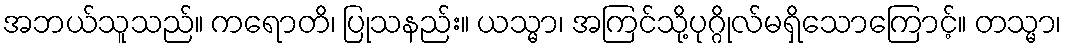
အဘယ်သူသည်။ ကရောတိ၊ ပြုသနည်း။ ယသ္မာ၊ အကြင်သို့ပုဂ္ဂိုလ်မရှိသောကြောင့်။ တသ္မာ၊